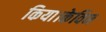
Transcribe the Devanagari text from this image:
किया।केविन